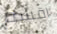
اقسم